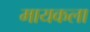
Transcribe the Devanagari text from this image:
मायकला